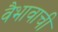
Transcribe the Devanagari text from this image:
वैभावाची